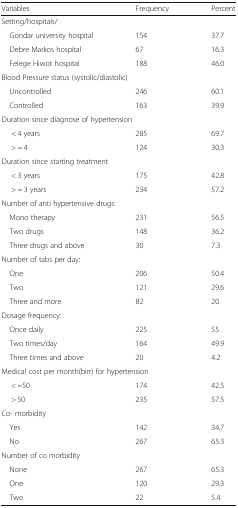
| Variables | Frequency | Percent |
 | --- | --- | --- |
 | <COLSPAN=3> Setting/hospitals/ |
 | Gondar university hospital | 154 | 37.7 |
 | Debre Markos hospital | 67 | 16.3 |
 | Felege Hiwot hospital | 188 | 46.0 |
 | <COLSPAN=3> Blood Pressure status (systolic/diastolic) |
 | Uncontrolled | 246 | 60.1 |
 | Controlled | 163 | 39.9 |
 | <COLSPAN=3> Duration since diagnose of hypertension |
 | < 4 years | 285 | 69.7 |
 | > = 4 | 124 | 30.3 |
 | <COLSPAN=3> Duration since starting treatment |
 | < 3 years | 175 | 42.8 |
 | > = 3 years | 234 | 57.2 |
 | <COLSPAN=3> Number of anti hypertensive drugs: |
 | Mono therapy | 231 | 56.5 |
 | Two drugs | 148 | 36.2 |
 | Three drugs and above | 30 | 7.3 |
 | <COLSPAN=3> Number of tabs per day: |
 | One | 206 | 50.4 |
 | Two | 121 | 29.6 |
 | Three and more | 82 | 20 |
 | <COLSPAN=3> Dosage frequency: |
 | Once daily | 225 | 55 |
 | Two times/day | 164 | 49.9 |
 | Three times and above | 20 | 4.2 |
 | <COLSPAN=3> Medical cost per month(birr) for hypertension |
 | < =50 | 174 | 42.5 |
 | > 50 | 235 | 57.5 |
 | <COLSPAN=3> Co- morbidity |
 | Yes | 142 | 34.7 |
 | No | 267 | 65.3 |
 | <COLSPAN=3> Number of co morbidity |
 | None | 267 | 65.3 |
 | One | 120 | 29.3 |
 | Two | 22 | 5.4 |